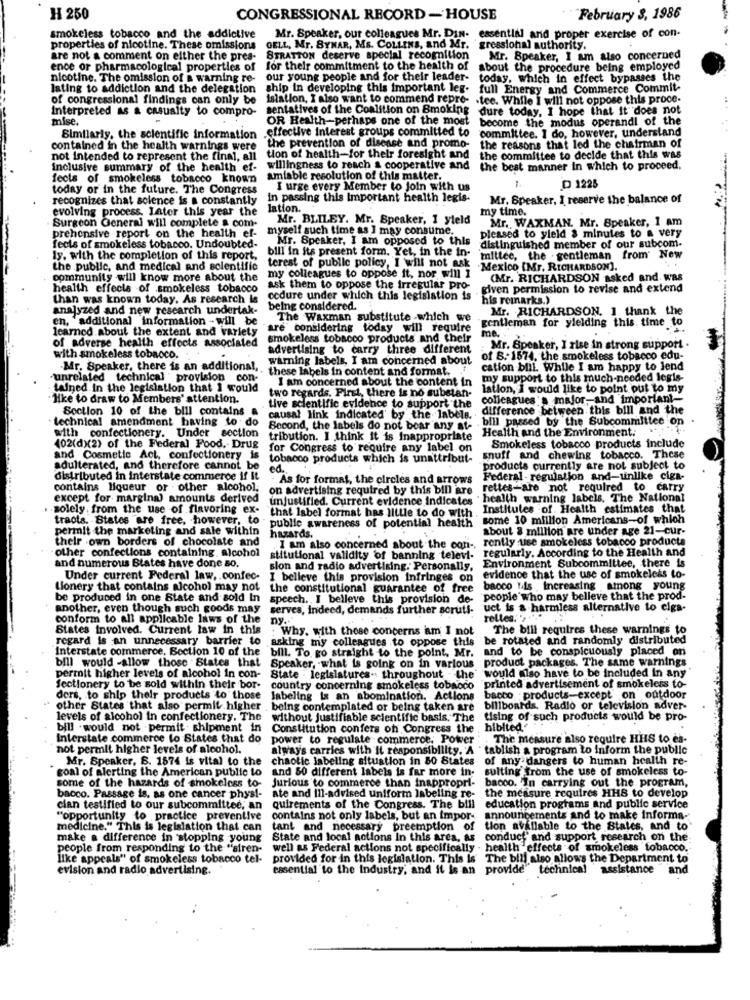
H 250
CONGRESSIONAL RECORD -HOUSE
February S, 1986
smokeless tobacco and the addictive
Mr. Speaker, our colleagues Mr. DIN- essential and proper exercise of con-
properties of nicotine. These omissions
OELL, Mr. SYNAR, Ms. COLLINS, and Mr.
gressional authority.
are not a comment on either the pres-
STRATTON deserve special recognition
Mr. Speaker, I am also concerned
ence or pharmacological properties of
for their commitment to the health of
about the procedure being employed
nicotine. The omission of a warning re- our young people and for their leader-
today, which in effect bypasses the
lating to addiction and the delegation
ship in developing this important leg.
full Energy and Commerce Commit-
of congressional findings can only be
Islation, I also want to commend repre- . tee. While I will not oppose this proce-
interpreted as a casualty to compro-
sentatives of the Coalition on Smoking
dure today, I hope that it does not
mise.
OR Health-perhaps one of the most
become the modus operandl of the
effective Interest groups committed to
committee. I do, however, understand
Similarly, the scientific information
contained in the health warnings were
the prevention of disease and promo-
the reasons that led the chairman of
not intended to represent the final, all
tion of health-for their foresight and
the committee to decide that this was
inclusive summary of the health ef-
willingness to reach a cooperative and the best manner in which to proceed.
fects of smokeless tobacco known
amiable resolution of this matter.
today or in the future. The Congress
I urge every Member to join with us
D 1225
recognizes that solence is a constantly
in passing this Important health legis-
Mr, Speaker, 1 reserve the balance of
evolving process. Later this year the
lation.
my time.
Mr. BLILEY. Mr. Speaker, 1 yleld
Mr. WAXMAN. Mr. Speaker, I am
Surgeon General will complete a com-
myself such time as I may consume.
prehensive report on the health ef-
Mr. Speaker, I am opposed to this
pleased to yield & minutes to a very
fects of smokeless tobacco. Undoubted-
bill in its present form. Yet, in the in-
distinguished member of our subcom-
ly. with the completion of this report.
mittee, the gentleman from' New
the public, and medical and scientific
terest of public policy, I will not ask
Mexico (Mr. RICHARDSON].
community will know more about the
my colleagues to oppose it, nor will 1
(Mr. RICHARDSON asked and was
health effects of smokeless tobacco
ask them to oppose the irregular pro-
given permission to revise and extend
than was known today. As research Is
cedure under which this legislation is
his reinarks.)
analyzed and new research undertak-
being considered.
Mr. RICHARDSON. 1 thank the
en, "additional information - will be
The Waxman substitute .which we
gentleman for yielding this time to
learned about the extent and variety
are considering today will require
me.
smokeless tobacco products and their
of adverse health effects associated
advertising to carry three different
Mr. Speaker, I rise in strong support .
with smokeless tobacco.
warning labels, I am concerned about
of S .- 1574, the smokeless tobacco edu-
-Mr. Speaker, there is an additional,
these labels in content and format,
cation blil. While I am happy to lend
"unrelated technical " provision con-
I am concerned about the content in
my support to this much-needed legis-
tained In the legislation that I would
lation, I would like to point out to my
like to draw to Members' attention.
two regards. First, there is no substan-
colleagues'a major,and important-
Section 10 of the bill contains
tive scientific evidence to support the
difference between this bill and the
technical amendment having to do
causal link indicated by the labels.
. bill passed by the Subcommittee on
Becond, the labels do not boar any at-
Health and the Environment.
with confectionery. Under section tribution. I think it is inappropriate
402(d)(2) of the Federal Food, Drug
for Congress to require any label on
Smokeless tobacco products include
and Cosmetic Act, confectionery is
tobacco products which is unattribut-
snuff and chewing tobacco. These
adulterated, and therefore cannot be
ed.
products currently are not subject to
distributed in interstate commerce if It
. As for format, the circles and arrows
Federal - regulation and-unlike ciga-
contains liqueur or other alcohol,
on advertising required by this bill are
rettes-are not required to carry
except for marginal amounts derived
unjustified. Current evidence Indicates
" health warning labels. The National
solely from the use of flavoring ex-
Institutes of. Health estimates that
tracts. States "are free, however, to
that Isbel format has little to do with
some 10 million Americans-of which
permit the marketing and sale within
"public awareness of potential health
about 8 million are under age 21-cur-
their own borders of chocolate and
hazards.
rently sse smokeless tobacco products
other confections containing. alcohol
stitutional validity 'of banning televi- regularly. According to the Health and
.I am also concerned about the con-
Environment Subcommittee, there is
and numerous Blates have done so.
slon and radio advertising. Personally,
Under current Federal law, confec- I believe this provision infringes on
evidence that the use of smokeless to-
Lionery that contains alcohol may not
the constitutional guarantee of free
bacco 1is increasing among young
be produced in one State and sold In
speech. I believe this provision de-
people who may belleve that the prod-
another, even though such goods may
serves, indeed, demands further scruts-
uct is a harmless alternative to cigs-
conform to all applicable laws of the
ny ..
reltes. "> "."
States involved. Current law in this
:Why. with these concerns iam I not
The bill requires these warnings to
regard is an unnecessary barrier to
asking my colleagues to oppose this
be rotated and randomly distributed
Interstate commerce. Section 10 of the
and to be conspicuously placed on
bill would -allow those States that
bill. To. go straight to the point, Mr.
product packages. The same warnings
Speaker, what is going on in various
permit higher levels of alcohol in con-
State . legislatures. throughout . the
would also have to be included In any
Sectionery to be sold within their bor-
country concerning smokeless tobnoco
printed advertisement of smokeleis to-
ders, to ship their products to those
labeling is an abomination. Actions
bacco products-except on outdoor
" other States that also permit higher
being contemplated or being taken are
billboards. Radio or television adver-
levels of alcohol in confectionery. The
without justifiable scientific basis. The
tising of such products would be pro-
bill . would not permit shipment in
Constitution confers of Congress the
hibited'
Interstate commerce lo States that do
power to regulate commerce, Power
The measure also require HHS to es-
not permit higher levels of alcohol.
alway's carries with it responsibility. A . tablish a program to inform the public
Mr. Speaker, S. 1874 is vital to the
chaotic labeling situation in 80 States
of any dangers to human health re-
goal of alerting the American public to
and 50 different labels is far more in-
sulting from the use of smokeless to-
some of the hazards of smokeless to-
Jurious to commerce than inappropri-
bacco. In carrying out the program,
the measure requires HHS to develop
bacco. Passage is, as one cancer physi-
ate and Ill-advised uniform labeling re-
cian testified to our subcommittee, an quirements of the Congress. The bill
education programs and public service
"opportunity to practice preventive
contains not only labels, but an impor-
announcements and to make Informa-
medicine." This is legislation that can
tant and necessary preemption of
tion available to the States, and to
make a difference in stopping young
State and local actions In this area, as
conduct" and support research on the
people from responding to the "siren- well as Federal actions not specifically
health effects of smokeless tobacco.
like appeals" of smokeless tobacco tel-
provided for in this legislation. This is The bill also allows the Department to
evision and radio advertising.
essential to the industry, and it is an
provide technical assistance
and